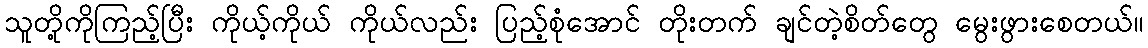
သူတို့ကိုကြည့်ပြီး ကိုယ့်ကိုယ် ကိုယ်လည်း ပြည့်စုံအောင် တိုးတက် ချင်တဲ့စိတ်တွေ မွေးဖွားစေတယ်။